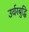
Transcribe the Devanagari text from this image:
उर्वरबुद्धि